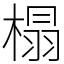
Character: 榻